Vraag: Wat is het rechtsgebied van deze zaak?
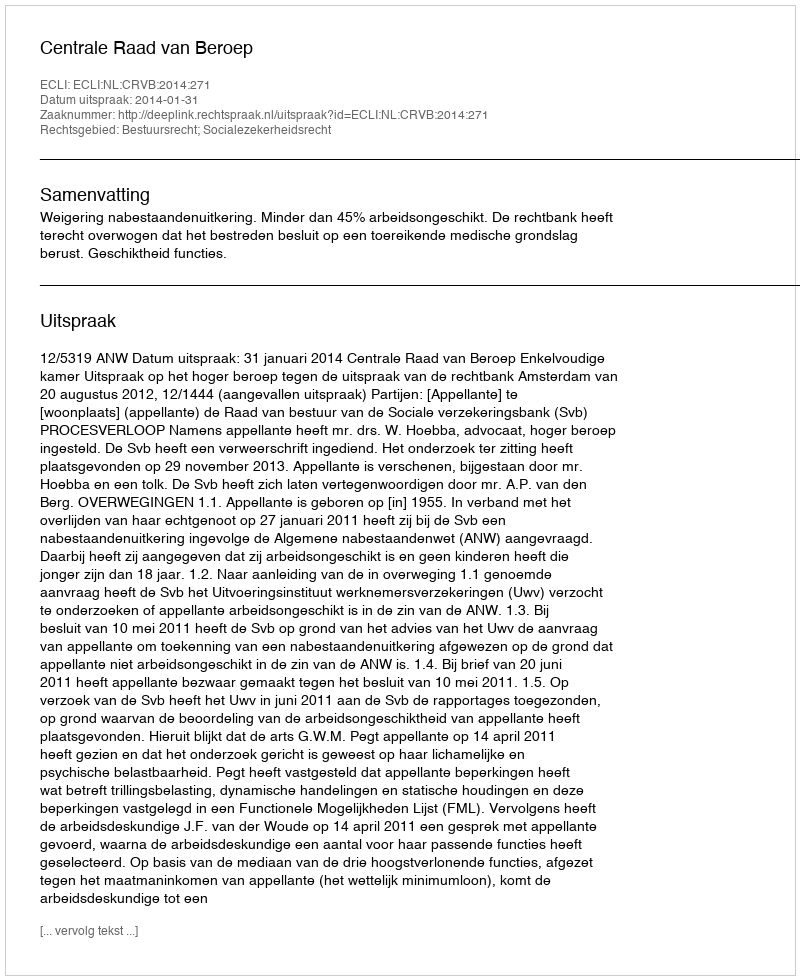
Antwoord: Bestuursrecht; Socialezekerheidsrecht